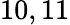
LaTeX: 10,11